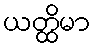
ယတ္ထိမာ